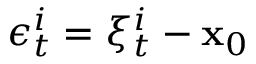
\epsilon _ { t } ^ { i } = \xi _ { t } ^ { i } - \mathbf { x } _ { 0 }